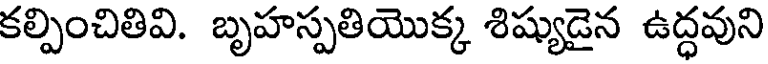
కల్పించితివి. బృహస్పతియొక్క శిష్యుడైన ఉద్ధవుని